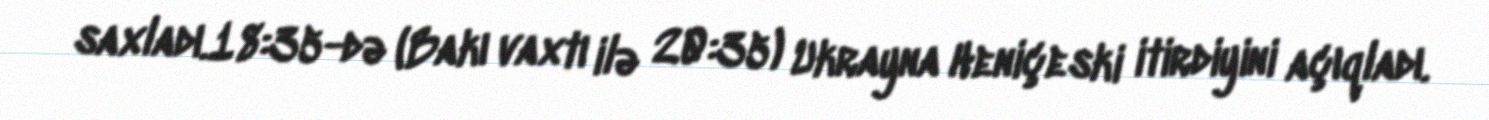
saxladı.18:35-də (Bakı vaxtı ilə 20:35) Ukrayna Heniçeski itirdiyini açıqladı.